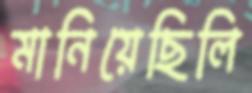
মানিয়েছিলি